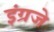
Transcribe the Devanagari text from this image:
इंग्रजे